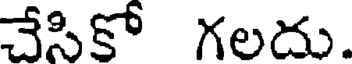
చేసికో గలదు.